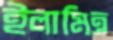
ইলামিত্র